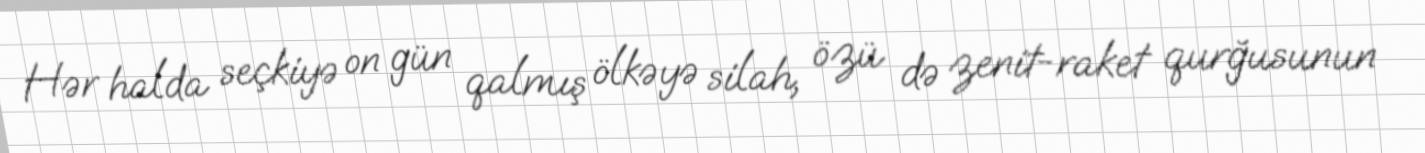
Hər halda seçkiyə on gün qalmış ölkəyə silah, özü də zenit-raket qurğusunun